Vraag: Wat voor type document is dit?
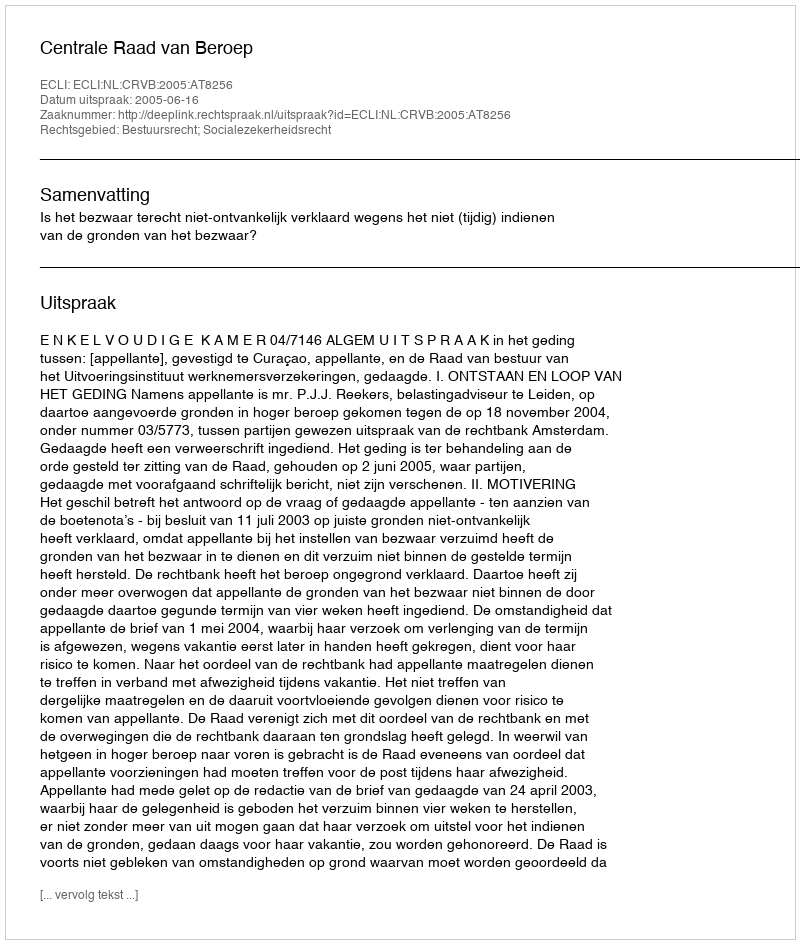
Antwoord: Uitspraak